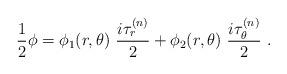
LaTeX: \begin{align*}\frac{1}{2}\phi = \phi_1(r,\theta) \ \frac{i \tau_{r}^{(n)}}{2} + \phi_2(r,\theta) \ \frac{i \tau_{\theta}^{(n)}}{2} \ .\end{align*}